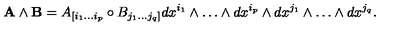
{ \bf A } \wedge { \bf B } = A _ { [ i _ { 1 } \ldots i _ { p } } \circ B _ { j _ { 1 } \ldots j _ { q } ] } d x ^ { i _ { 1 } } \wedge \ldots \wedge d x ^ { i _ { p } } \wedge d x ^ { j _ { 1 } } \wedge \ldots \wedge d x ^ { j _ { q } } .